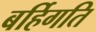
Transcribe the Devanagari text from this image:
बर्हिगति